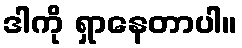
ဒါကို ရှာနေတာပါ။